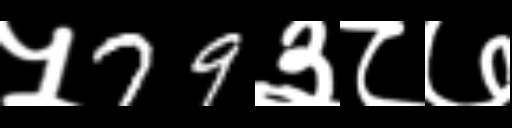
Text: ५79३८७